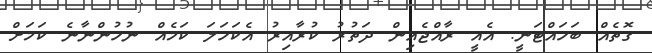
ގޮތެއް ބަހައްޓަނީ. އެއީ ރާއްޖެއިން ދަތުރު ކުރާއިރު އެކަހަލަ ކަމެއް ނުހުންނާނެ ކަމަށް